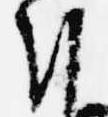
朝